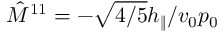
\hat { M } ^ { 1 1 } = - \sqrt { 4 / 5 } h _ { \| } / v _ { 0 } p _ { 0 }